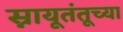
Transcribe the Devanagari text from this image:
स्नायूतंतूच्या